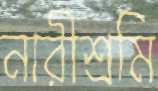
নারীশ্রমি